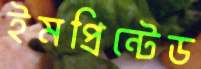
ইমপ্রিন্টেড